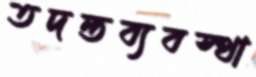
তদন্তব্যবস্থা